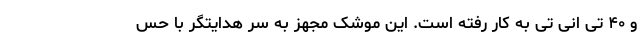
و ۴۰ تی انی تی به کار رفته است. این موشک مجهز به سر هدایتگر با حس